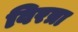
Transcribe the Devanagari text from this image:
विरत्रा